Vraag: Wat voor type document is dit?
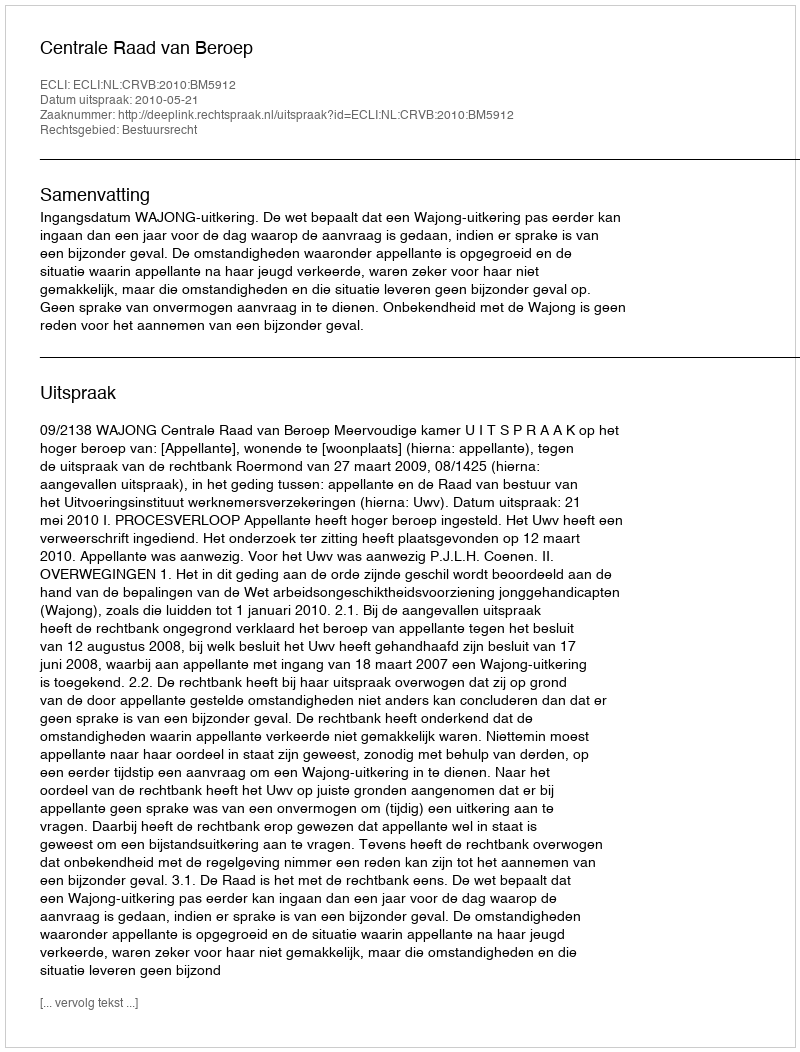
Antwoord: Uitspraak